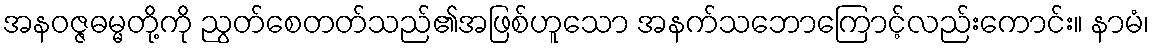
အနဝဇ္ဇဓမ္မတို့ကို ညွတ်စေတတ်သည်၏အဖြစ်ဟူသော အနက်သဘောကြောင့်လည်းကောင်း။ နာမံ၊